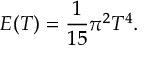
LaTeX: E ( T ) = \frac { 1 } { 1 5 } \pi ^ { 2 } T ^ { 4 } .